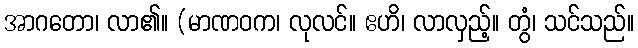
အာဂတော၊ လာ၏။ (မာဏဝက၊ လုလင်။ ဧဟိ၊ လာလှည့်။ တွံ၊ သင်သည်။